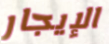
الإيجار